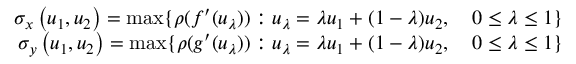
\begin{array} { r } { \sigma _ { x } \left( u _ { 1 } , u _ { 2 } \right) = \operatorname* { m a x } \{ \rho ( f ^ { \prime } ( u _ { \lambda } ) ) : u _ { \lambda } = \lambda u _ { 1 } + ( 1 - \lambda ) u _ { 2 } , \quad 0 \le \lambda \le 1 \} } \\ { \sigma _ { y } \left( u _ { 1 } , u _ { 2 } \right) = \operatorname* { m a x } \{ \rho ( g ^ { \prime } ( u _ { \lambda } ) ) : u _ { \lambda } = \lambda u _ { 1 } + ( 1 - \lambda ) u _ { 2 } , \quad 0 \le \lambda \le 1 \} } \end{array}